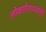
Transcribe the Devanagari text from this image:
लोकगीतामध्येही